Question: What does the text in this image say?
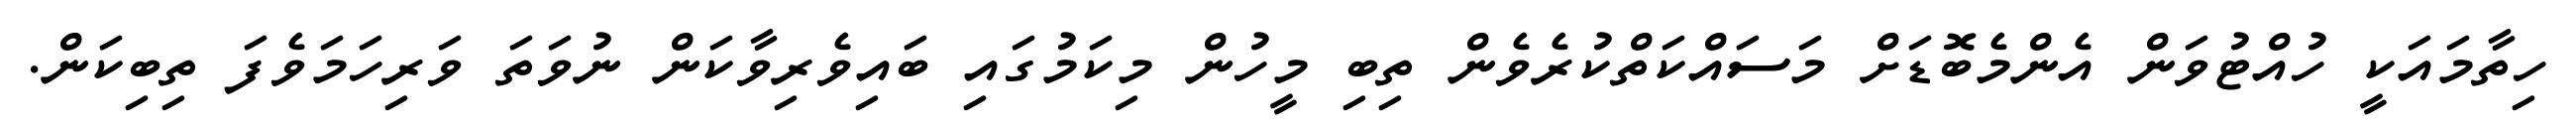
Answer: ހިތާމައަކީ ހުއްޓުވަން އެންމެބޮޑަށް މަސައްކަތްކުރެވެން ތިބި މީހުން މިކަމުގައި ބައިވެރިވާކަން ނުވަތަ ވަރިހަމަވެފަ ތިބިކަން.